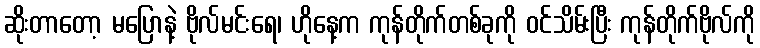
ဆိုးတာတော့ မပြောနဲ့ ဗိုလ်မင်းရေ၊ ဟိုနေ့က ကုန်တိုက်တစ်ခုကို ဝင်သိမ်းပြီး ကုန်တိုက်ဗိုလ်ကို